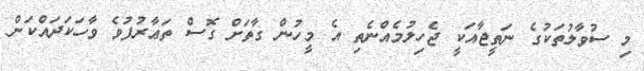
މި ސުވާލުތަކުގެ ނަތީޖާއަކީ ޖެހިލުމެއްނެތި އެ މީހުން ގާތަށް ގޮސް ތަޢާރުފުވެ ވާހަކަދައްކަން